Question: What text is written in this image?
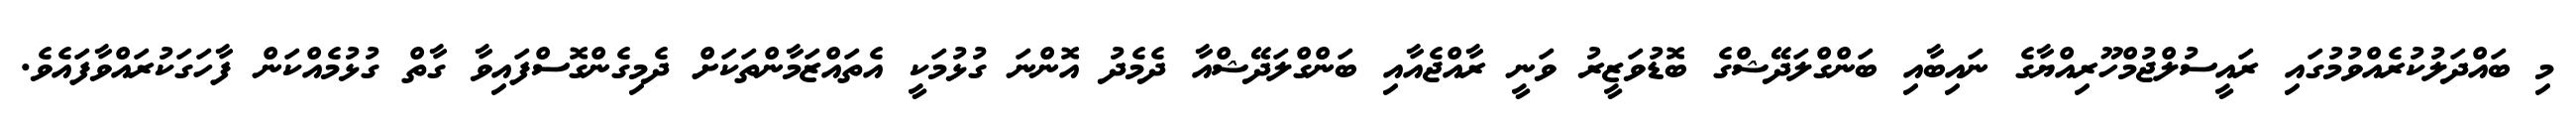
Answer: މި ބައްދަލުކުރެއްވުމުގައި ރައީސުލްޖުމްހޫރިއްޔާގެ ނައިބާއި ބަންގްލަދޭޝްގެ ބޮޑުވަޒީރު ވަނީ ރާއްޖެއާއި ބަންގްލަދޭޝްއާ ދެމެދު އޮންނަ ގުޅުމަކީ އެތައްޒަމާންތަކަށް ދެމިގެންގޮސްފައިވާ ގާތް ގުޅުމެއްކަން ފާހަގަކުރައްވާފައެވެ.